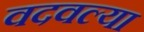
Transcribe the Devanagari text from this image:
वदवल्या